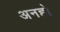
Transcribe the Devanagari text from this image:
अनहो